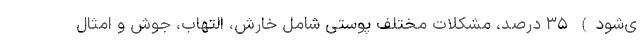
ی‌شود) ۳۵ درصد، مشکلات مختلف پوستی شامل خارش، التهاب، جوش و امثال